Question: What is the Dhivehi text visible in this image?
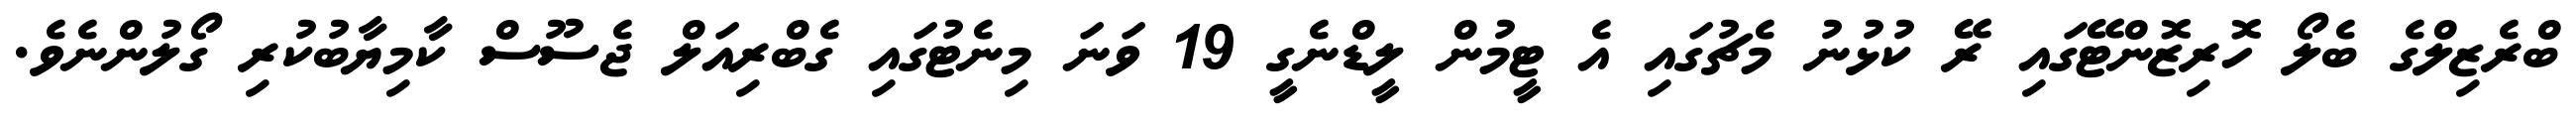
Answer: ބްރެޒިލްގެ ބެލޯ ހޮރިޒޮންޓޭގައި ރޭ ކުޅުނު މެޗުގައި އެ ޓީމުން ލީޑްނެގީ 19 ވަނަ މިނެޓުގައި ގެބްރިއަލް ޖެސޫސް ކާމިޔާބުކުރި ގޯލުންނެވެ.